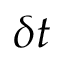
\delta t